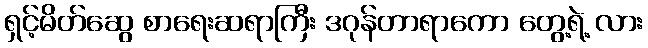
ရှင့်မိတ်ဆွေ စာရေးဆရာကြီး ဒဂုန်တာရာကော တွေ့ရဲ့ လား